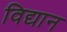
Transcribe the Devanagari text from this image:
विद्यान